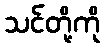
သင်တို့ကို